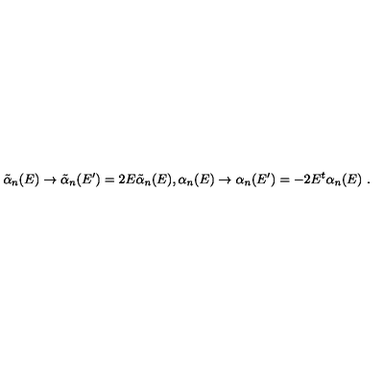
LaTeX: \tilde { \alpha } _ { n } ( E ) \rightarrow \tilde { \alpha } _ { n } ( E ^ { \prime } ) = 2 E \tilde { \alpha } _ { n } ( E ) , \alpha _ { n } ( E ) \rightarrow \alpha _ { n } ( E ^ { \prime } ) = - 2 E ^ { t } \alpha _ { n } ( E ) \ .